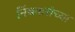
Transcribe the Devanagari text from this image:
निंबकरांच्या